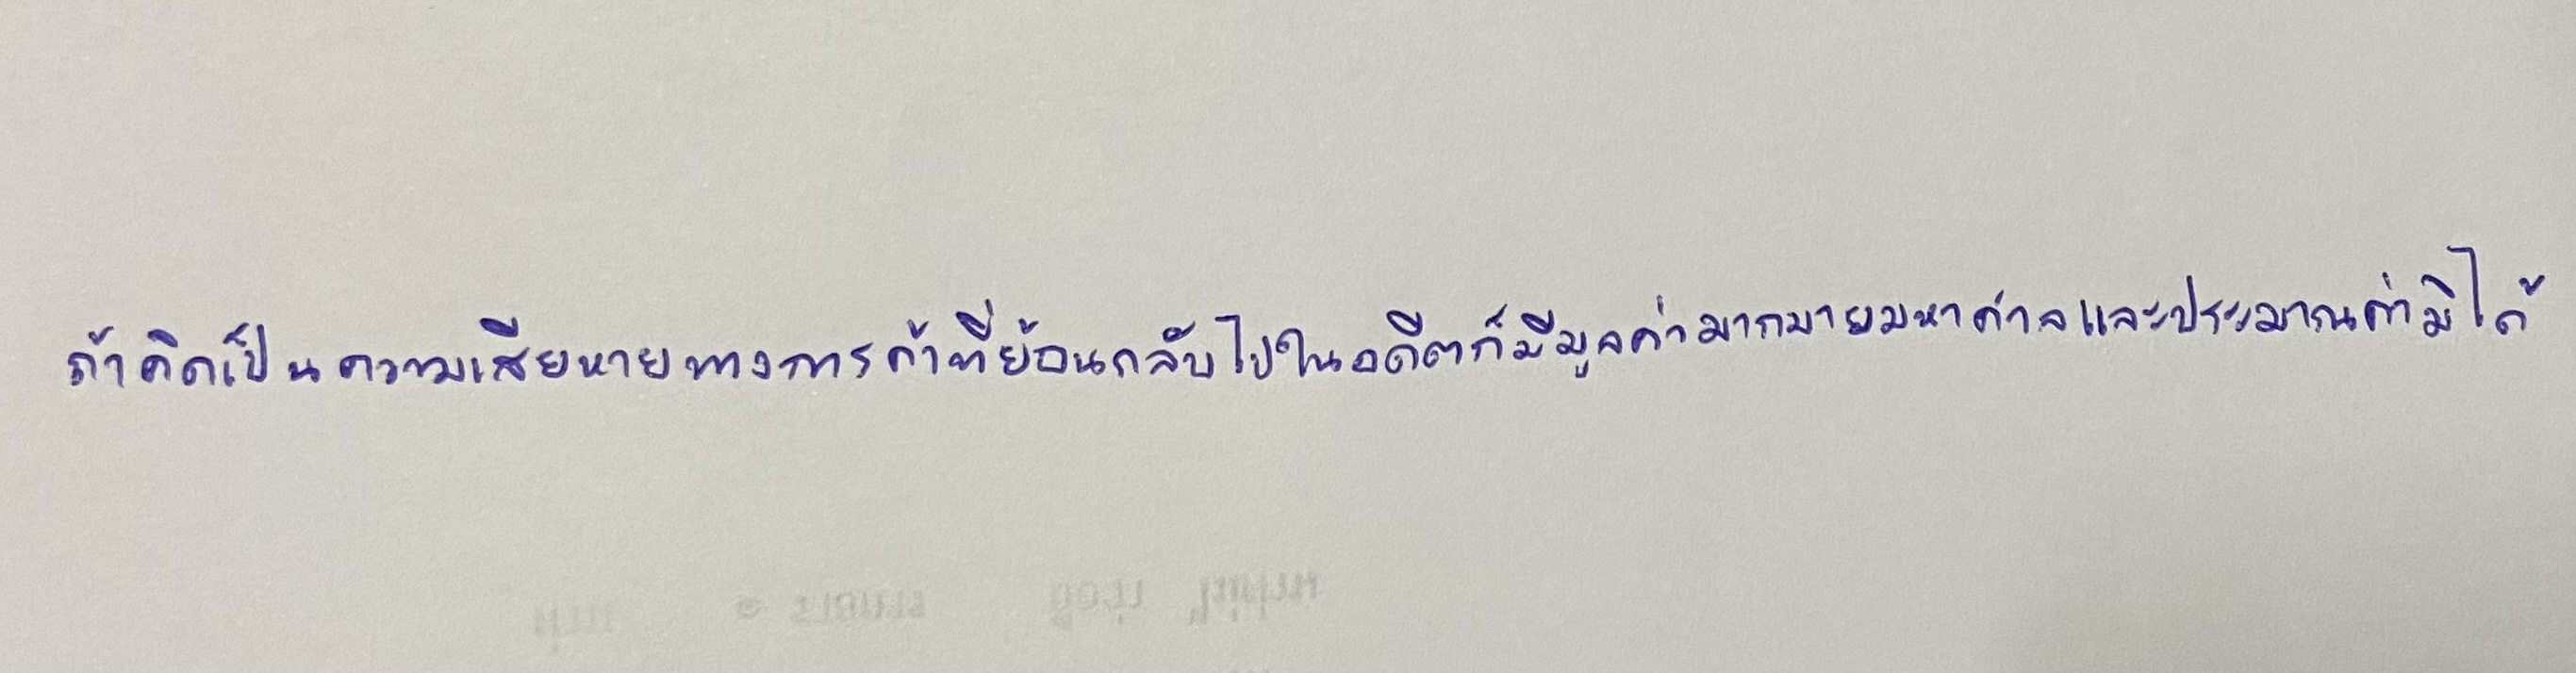
ถ้าคิดเป็นความเสียหายทางการค้าที่ย้อนกลับไปในอดีตก็มีมูลค่ามากมายมหาศาลและประมาณค่ามิได้